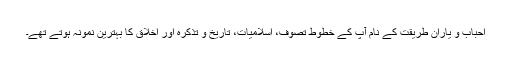
احباب و یارانِ طریقت کے نام آپ کے خطوط تصوّف، اسلامیات، تاریخ و تذکرہ اور اخلاق کا بہترین نمونہ ہوتے تھے۔